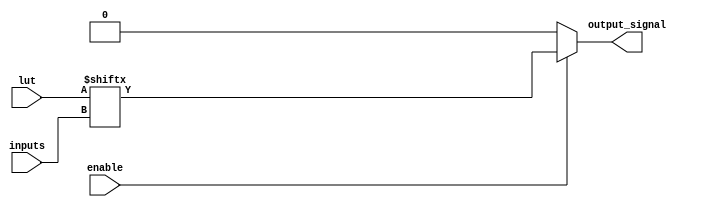
module CombinationalLogicBlock #(parameter N = 4)(
    input [N-1:0] inputs,       // N input signals
    input [2**N-1:0] lut,       // Lookup table for logic function
    output reg output_signal,    // Output signal
    input enable                  // Enable signal for power management
);

    always @(*) begin
        if (enable) begin
            // Use the inputs to index into the LUT
            output_signal = lut[inputs]; 
        end else begin
            output_signal = 1'b0; // Power down or idle state
        end
    end

endmodule